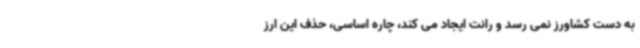
به دست کشاورز نمی رسد و رانت ایجاد می کند، چاره اساسی، حذف این ارز